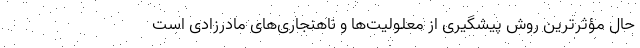
حال مؤثرترین روش پیشگیری از معلولیت‌ها و ناهنجاری‌های مادرزادی است